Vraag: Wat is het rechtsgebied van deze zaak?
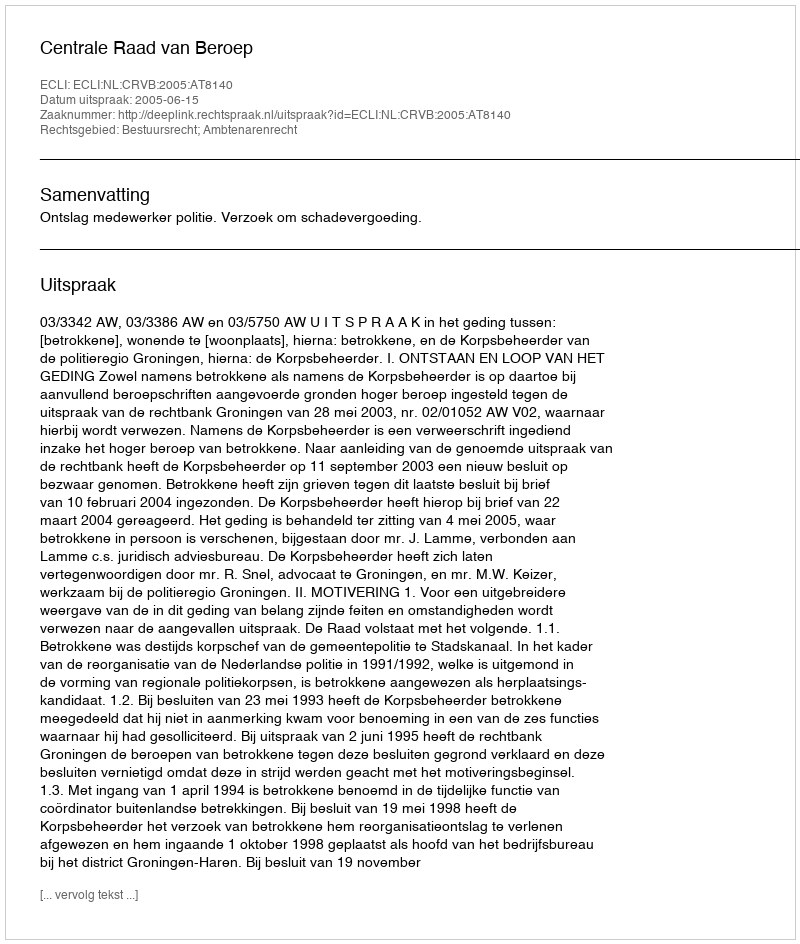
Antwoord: Bestuursrecht; Ambtenarenrecht